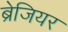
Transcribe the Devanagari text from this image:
ब्रेजियर